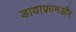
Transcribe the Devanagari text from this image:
डायाफ्रामऔर